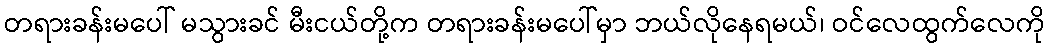
တရားခန်းမပေါ် မသွားခင် မီးငယ်တို့က တရားခန်းမပေါ်မှာ ဘယ်လိုနေရမယ်၊ ဝင်လေထွက်လေကို